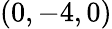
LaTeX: (0,-4,0)